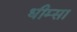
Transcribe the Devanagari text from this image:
धीम्सा